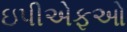
ઇપીએફઓ